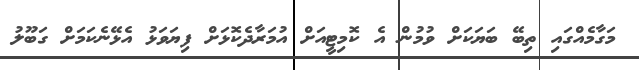
މަގާމެއްގައި ތިބޭ ބަޔަކަށް ވުމުން އެ ކޮމިޓީއަށް އުމަރާދެކޮޅަށް ފިޔަވަޅު އެޅޭނެކަމަށް ގަބޫލު